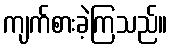
ကျက်စားခဲ့ကြသည်။